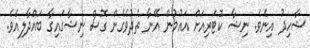
ޝާހިދު އިނެވެ. ނިޝާ ކޮޓަރިއަށް އައުމުން އޭނާ ތެދުވެގެން ގޮސް ނިޝާގައިގާ ބައްދާލިއެވެ.